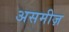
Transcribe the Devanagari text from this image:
असमीज़